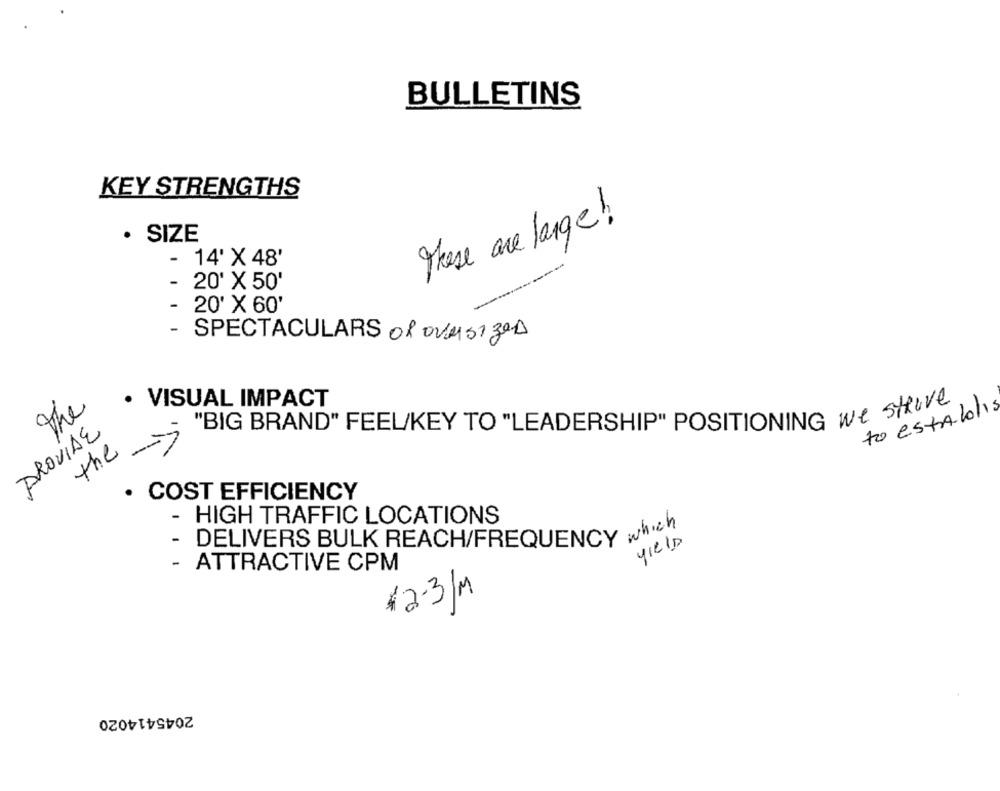
BULLETINS
KEY STRENGTHS
These are large!
· SIZE
- 14' X 48'
-
20' X 50'
- 20' X 60'
- SPECTACULARS OR OVERSIZED
· VISUAL IMPACT
the
"BIG BRAND" FEEL/KEY TO "LEADERSHIP" POSITIONING we strive
PROVIDE
the
· COST EFFICIENCY
- HIGH TRAFFIC LOCATIONS
- DELIVERS BULK REACH/FREQUENCY which
yIeld
- ATTRACTIVE CPM
1 2-3/M
2045414020